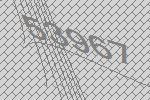
53967